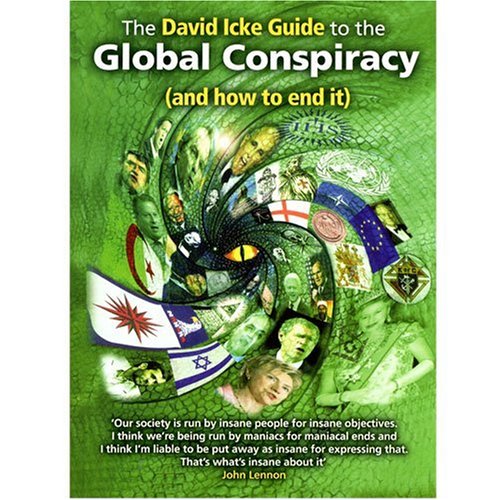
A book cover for The David Icke Guide to the Global Conspiracy; David Icke; Religion & Spirituality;